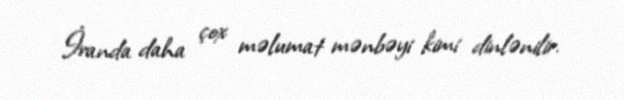
İranda daha çox məlumat mənbəyi kimi dinlənilir.